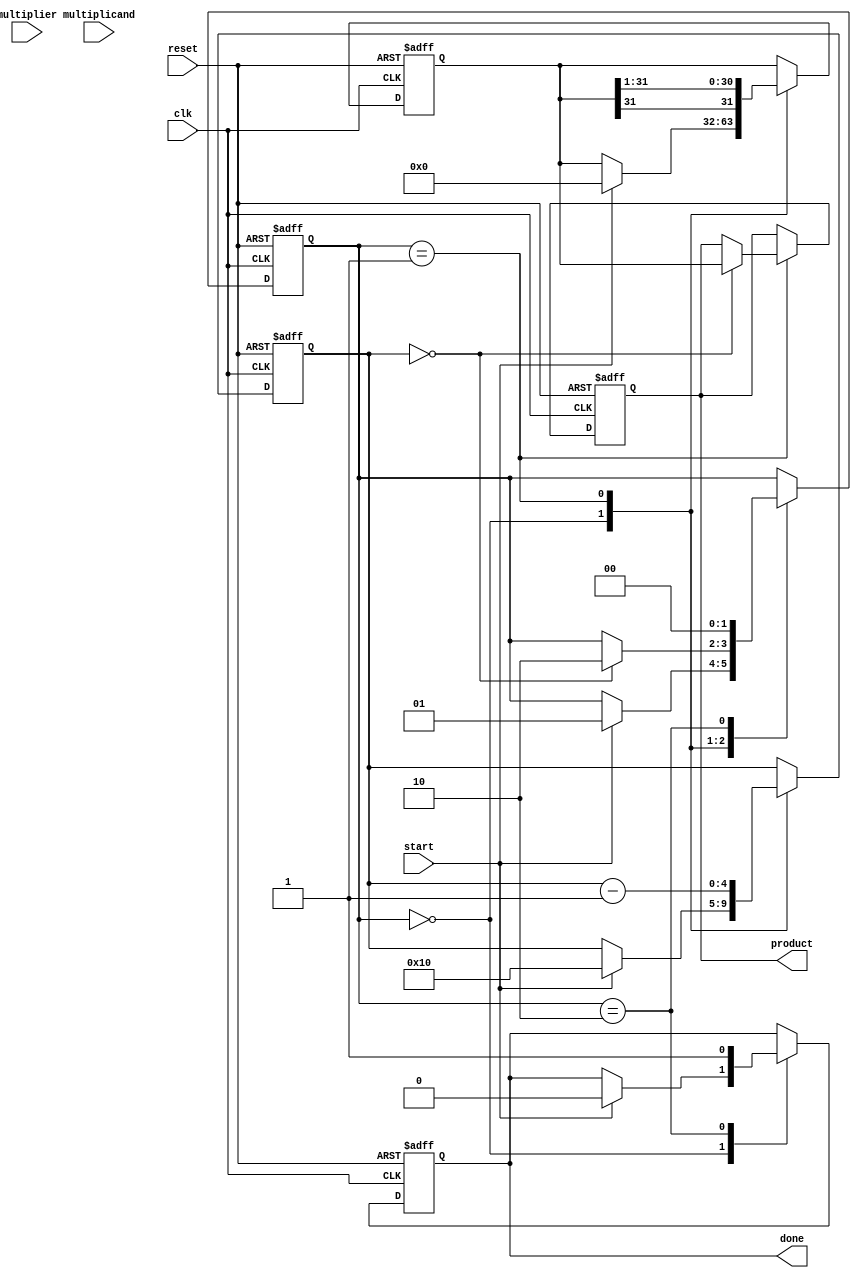
module modified_booth_multiplier (
    input  wire [15:0] multiplicand, // A
    input  wire [15:0] multiplier,    // B
    input  wire        start,          // Start signal
    input  wire        clk,            // Clock signal
    input  wire        reset,          // Reset signal
    output reg  [31:0] product,        // Output product
    output reg         done            // Done signal
);

    reg [15:0] A; // Multiplicand
    reg [15:0] B; // Multiplier
    reg [31:0] P; // Partial product
    reg [4:0] count; // Bit counter
    reg [1:0] state; // State for control logic

    localparam IDLE = 2'b00,
               EXECUTE = 2'b01,
               DONE = 2'b10;

    always @(posedge clk or posedge reset) begin
        if (reset) begin
            product <= 32'b0;
            P <= 32'b0;
            count <= 5'b0;
            state <= IDLE;
            done <= 1'b0;
        end else begin
            case (state)
                IDLE: begin
                    if (start) begin
                        A <= multiplicand;
                        B <= multiplier;
                        P <= 32'b0;
                        count <= 5'd16; // Assuming 16-bit multiplication
                        state <= EXECUTE;
                        done <= 1'b0;
                    end
                end

                EXECUTE: begin
                    case ({B[0], B[1]}) // Booth's encoding
                        2'b00: begin
                            // No action
                        end
                        2'b01: begin
                            P <= P + {16'b0, A}; // Add multiplicand
                        end
                        2'b10: begin
                            P <= P - {16'b0, A}; // Subtract multiplicand
                        end
                        2'b11: begin
                            // No action
                        end
                    endcase

                    // Right shift P and B
                    P <= {P[31], P[31:1]}; // Shift P right
                    B <= {1'b0, B[15:1]}; // Shift B right
                    count <= count - 1;

                    if (count == 0) begin
                        product <= P; // Store final product
                        state <= DONE;
                    end
                end

                DONE: begin
                    done <= 1'b1; // Indicate completion
                    state <= IDLE; // Go back to IDLE
                end
            endcase
        end
    end
endmodule